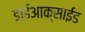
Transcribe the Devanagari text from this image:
डाईआक्साईड